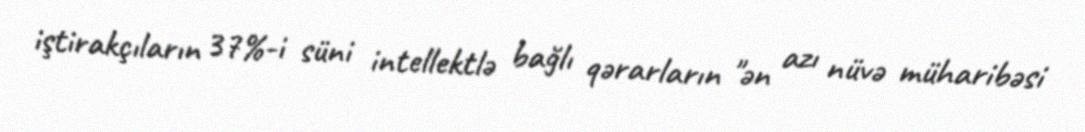
iştirakçıların 37%-i süni intellektlə bağlı qərarların "ən azı nüvə müharibəsi